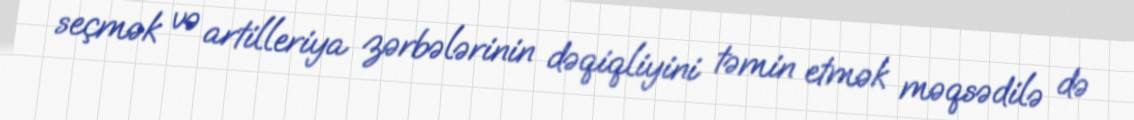
seçmək və artilleriya zərbələrinin dəqiqliyini təmin etmək məqsədilə də